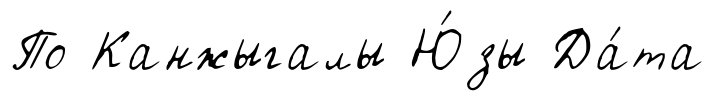
По Канжыгалы Ю́зы Да́та